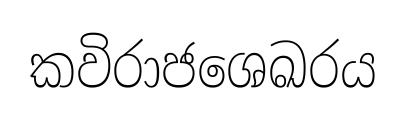
කවිරාජශෙඛරය